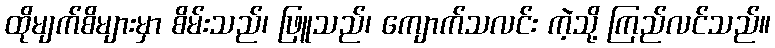
ထိုမျက်စိများမှာ စိမ်းသည်၊ ဖြူသည်၊ ကျောက်သလင်း ကဲ့သို့ ကြည်လင်သည်။